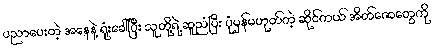
ပညာပေးတဲ့ အနေနဲ့ ရုံးခေါ်ပြီး သူတို့ရဲ့ ဆူညံပြီး ပုံမှန်မဟုတ်တဲ့ ဆိုင်ကယ် အိတ်ဇောတွေကို